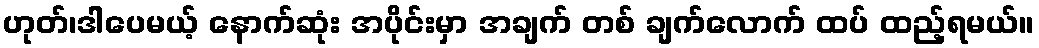
ဟုတ်၊ဒါပေမယ့် နောက်ဆုံး အပိုင်းမှာ အချက် တစ် ချက်လောက် ထပ် ထည့်ရမယ်။